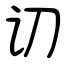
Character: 讱